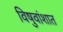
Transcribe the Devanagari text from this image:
विषुवांशात